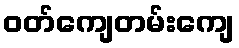
ဝတ်ကျေတမ်းကျေ